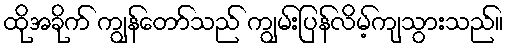
ထိုအခိုက် ကျွန်တော်သည် ကျွမ်းပြန်လိမ့်ကျသွားသည်။